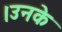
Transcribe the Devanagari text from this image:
।उनके